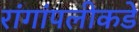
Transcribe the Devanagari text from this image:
रांगांपलीकडे